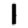
Digit: 1